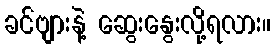
ခင်ဗျားနဲ့ ဆွေးနွေးလို့ရလား။